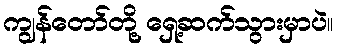
ကျွန်တော်တို့ ရှေ့ဆက်သွားမှာပဲ။